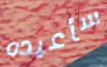
سأعيده